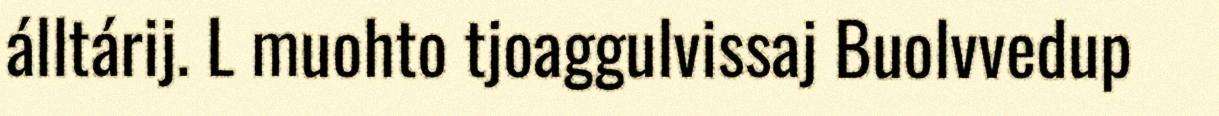
álltárij. L muohto tjoaggulvissaj Buolvvedup